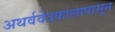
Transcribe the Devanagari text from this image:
अथर्ववेदकालापासून